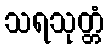
သရသုတ္တံ